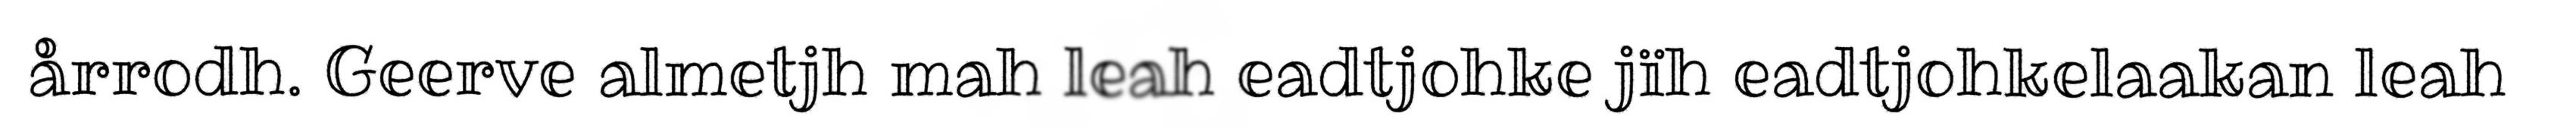
årrodh. Geerve almetjh mah leah eadtjohke jïh eadtjohkelaakan leah